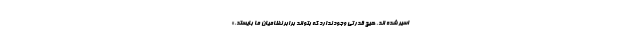
اسیر شده اند. هیچ قدرتی وجود ندارد که بتواند برابر نظامیان ما بایستد.»